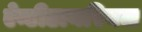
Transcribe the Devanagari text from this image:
ऐन्टीडायरियल